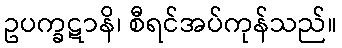
ဥပက္ခဋာနိ၊ စီရင်အပ်ကုန်သည်။